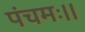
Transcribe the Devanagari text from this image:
पंचमः।।